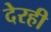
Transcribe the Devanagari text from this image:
देरही